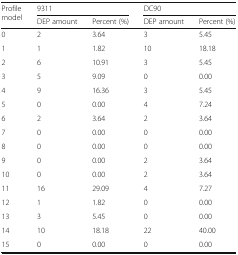
| <ROWSPAN=2> Profilemodel | <COLSPAN=2> 9311 | <COLSPAN=2> DC90 |
 | DEP amount | Percent (%) | DEP amount | Percent (%) |
 | --- | --- | --- | --- | --- |
 | 0 | 2 | 3.64 | 3 | 5.45 |
 | 1 | 1 | 1.82 | 10 | 18.18 |
 | 2 | 6 | 10.91 | 3 | 5.45 |
 | 3 | 5 | 9.09 | 0 | 0.00 |
 | 4 | 9 | 16.36 | 3 | 5.45 |
 | 5 | 0 | 0.00 | 4 | 7.24 |
 | 6 | 2 | 3.64 | 2 | 3.64 |
 | 7 | 0 | 0.00 | 0 | 0.00 |
 | 8 | 0 | 0.00 | 0 | 0.00 |
 | 9 | 0 | 0.00 | 2 | 3.64 |
 | 10 | 0 | 0.00 | 2 | 3.64 |
 | 11 | 16 | 29.09 | 4 | 7.27 |
 | 12 | 1 | 1.82 | 0 | 0.00 |
 | 13 | 3 | 5.45 | 0 | 0.00 |
 | 14 | 10 | 18.18 | 22 | 40.00 |
 | 15 | 0 | 0.00 | 0 | 0.00 |